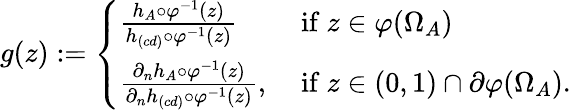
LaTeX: \begin{array}{r}{g(z):=\left\{ \begin{array}{ll}{\frac{h_{A}\circ\varphi^{-1}(z)}{h_{(cd)}\circ\varphi^{-1}(z)}}&{\mathrm{~if~}z\in\varphi(\Omega_{A})}\\ {\frac{\partial_{n}h_{A}\circ\varphi^{-1}(z)}{\partial_{n}h_{(cd)}\circ\varphi^{-1}(z)},}&{\mathrm{~if~}z\in(0,1)\cap\partial\varphi(\Omega_{A}).}\end{array}\right.}\end{array}